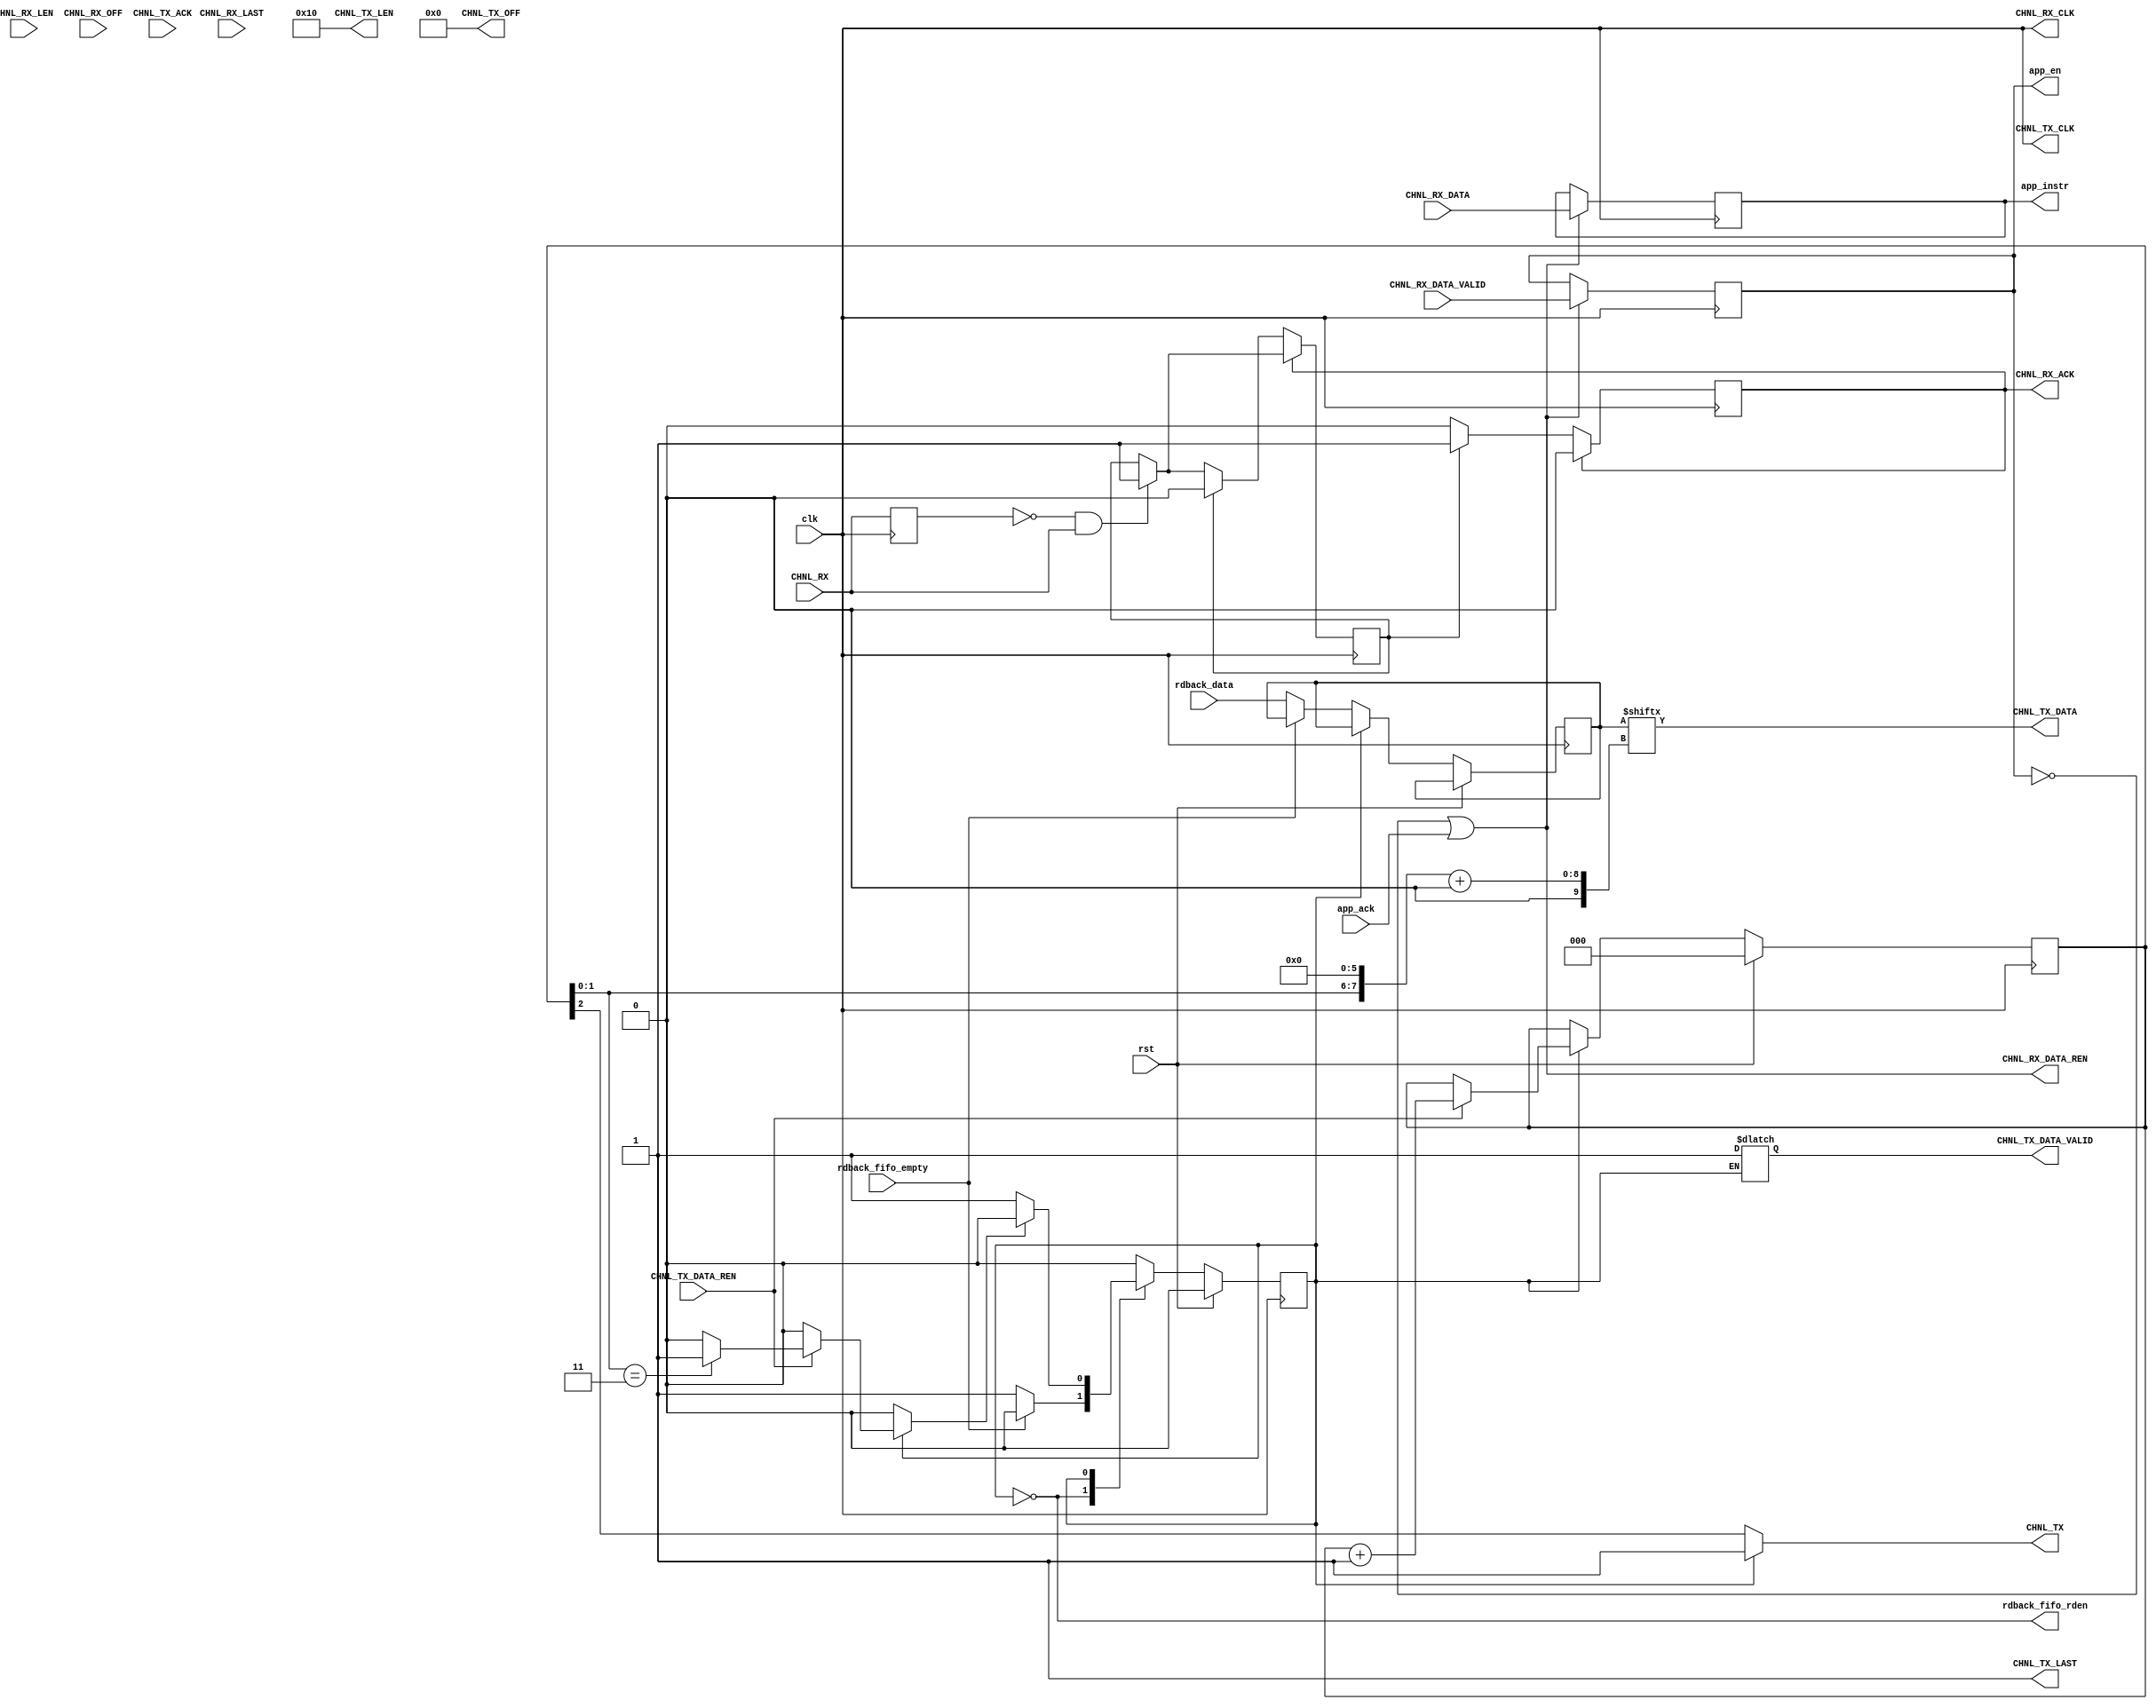
module softMC_pcie_app #(
	parameter C_PCI_DATA_WIDTH = 9'd32, DQ_WIDTH = 64
)(
	input clk,
	input rst,
	output CHNL_RX_CLK, 
	input CHNL_RX, 
	output reg CHNL_RX_ACK, 
	input CHNL_RX_LAST, 
	input [31:0] CHNL_RX_LEN, 
	input [30:0] CHNL_RX_OFF, 
	input [C_PCI_DATA_WIDTH-1:0] CHNL_RX_DATA, 
	input CHNL_RX_DATA_VALID, 
	output CHNL_RX_DATA_REN,
	
	output CHNL_TX_CLK, 
	output reg CHNL_TX, 
	input CHNL_TX_ACK, 
	output CHNL_TX_LAST, 
	output reg [31:0] CHNL_TX_LEN, 
	output [30:0] CHNL_TX_OFF, 
	output [C_PCI_DATA_WIDTH-1:0] CHNL_TX_DATA, 
	output reg CHNL_TX_DATA_VALID, 
	input CHNL_TX_DATA_REN,
	
	output  app_en,
	input app_ack,
	output[31:0] app_instr,
	
	//Data read back Interface
	input rdback_fifo_empty,
	output rdback_fifo_rden,
	input[DQ_WIDTH*4 - 1:0] rdback_data
 );
 
 assign CHNL_RX_CLK = clk;
 assign CHNL_TX_CLK = clk;
 assign CHNL_TX_OFF = 0;
 assign CHNL_TX_LAST = 1'd1;
 
 reg app_en_r;
 reg[C_PCI_DATA_WIDTH-1:0] rx_data_r;
 
 reg old_chnl_rx;
 reg pending_ack = 0;
 
 //always acknowledge transaction
 always@(posedge clk) begin
		old_chnl_rx <= CHNL_RX;
		
		if(~old_chnl_rx & CHNL_RX)
			pending_ack <= 1'b1;
		
		if(CHNL_RX_ACK)
			CHNL_RX_ACK <= 1'b0;
		else begin
			if(pending_ack /*& app_ack*/) begin
				CHNL_RX_ACK <= 1'b1;
				pending_ack <= 1'b0;
			end
		end
 end
 
 //register incoming data
 assign CHNL_RX_DATA_REN = ~app_en_r | app_ack;
 always@(posedge clk) begin
	if(~app_en_r | app_ack) begin
		app_en_r <= CHNL_RX_DATA_VALID;
		rx_data_r <= CHNL_RX_DATA;
	end
 end
 
//send to the MC
assign app_en = app_en_r;
assign app_instr = rx_data_r;

//SEND DATA TO HOST
localparam RECV_IDLE = 1'b0;
localparam RECV_BUSY = 1'b1;

reg sender_ack;
reg[DQ_WIDTH*4 - 1:0] send_data_r;

reg recv_state = RECV_IDLE;
assign rdback_fifo_rden = (recv_state == RECV_IDLE);
always@(posedge clk) begin
	if(rst) begin
		recv_state <= RECV_IDLE;
	end
	else begin
		case(recv_state)
			RECV_IDLE: begin
				if(~rdback_fifo_empty) begin
					send_data_r <= rdback_data;
					recv_state <= RECV_BUSY;
				end
			end //RECV_IDLE
			
			RECV_BUSY: begin
				if(sender_ack)
					recv_state <= RECV_IDLE;
			end //RECV_BUSY
		endcase
	end
end

reg[2:0] sender_state = 0; //edit this if DQ_WIDTH or C_PCI_DATA_WIDTH changes
reg[2:0] sender_state_ns;

always@* begin
	sender_ack = 1'b0;
	sender_state_ns = sender_state;
	CHNL_TX = sender_state[2];
	
	CHNL_TX_LEN = 16;
	
	if(recv_state == RECV_BUSY) begin
		CHNL_TX = 1'b1;
		CHNL_TX_DATA_VALID = 1'b1;
		
		if(CHNL_TX_DATA_REN) begin
			sender_state_ns = sender_state + 3'd1;
			
			if(sender_state[1:0] == 2'b11)
				sender_ack = 1'b1;
		end
	end
end

always@(posedge clk) begin
	if(rst) begin
		sender_state <= 0;
	end
	else begin
		sender_state <= sender_state_ns;
	end
end

wire[7:0] offset = {6'd0, sender_state[1:0]} << 6;
assign CHNL_TX_DATA = send_data_r[offset +: 64];

endmodule